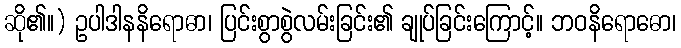
ဆို၏။) ဥပါဒါနနိရောဓာ၊ ပြင်းစွာစွဲလမ်းခြင်း၏ ချုပ်ခြင်းကြောင့်။ ဘဝနိရောဓော၊